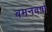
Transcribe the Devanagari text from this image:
बमनवर्षा